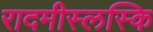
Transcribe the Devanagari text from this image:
रादमीस्लस्कि